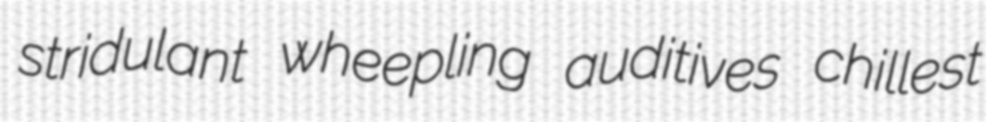
stridulant wheepling auditives chillest